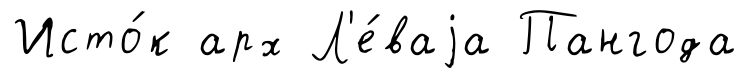
Исто́к арх Л'е́ваjа Пангода